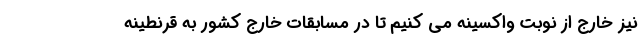
نیز خارج از نوبت واکسینه می کنیم تا در مسابقات خارج کشور به قرنطینه